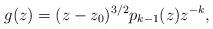
LaTeX: \begin{align*}g(z)=(z-z_0)^{3/2}p_{k-1}(z)z^{-k},\end{align*}